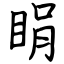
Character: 睊